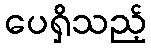
ပေရှိသည့်